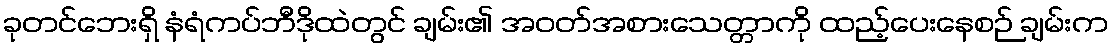
ခုတင်ဘေးရှိ နံရံကပ်ဘီဒိုထဲတွင် ချမ်း၏ အဝတ်အစားသေတ္တာကို ထည့်ပေးနေစဉ် ချမ်းက